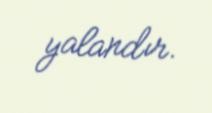
yalandır.